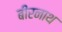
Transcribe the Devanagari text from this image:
बीरनाथ